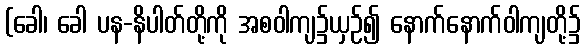
(ခေါ၊ ခေါ ပန-နိပါတ်တို့ကို အစဝါကျ၌ယှဉ်၍ နောက်နောက်ဝါကျတို့၌